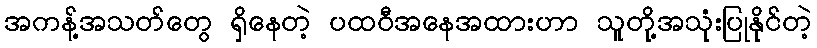
အကန့်အသတ်တွေ ရှိနေတဲ့ ပထဝီအနေအထားဟာ သူတို့အသုံးပြုနိုင်တဲ့